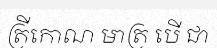
ត្រីកោណ មាត្រ បើ ជា